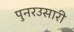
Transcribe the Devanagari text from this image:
पुनरउसारी